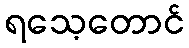
ရသေ့တောင်